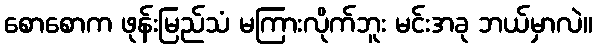
စောစောက ဖုန်းမြည်သံ မကြားလိုက်ဘူး မင်းအခု ဘယ်မှာလဲ။